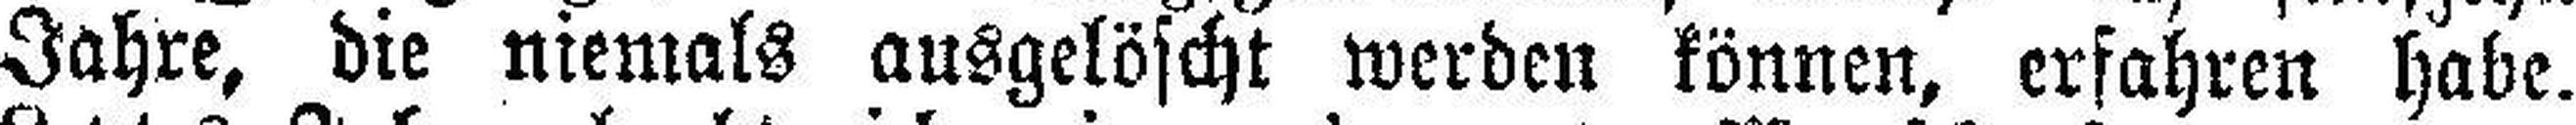
Jahre, die niemals ausgelöscht werden können, erfahren habe.